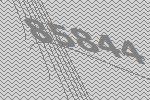
85844